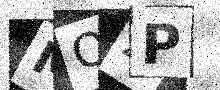
Text: MQZP